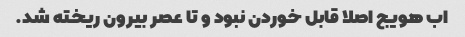
اب هویج اصلا قابل خوردن نبود و تا عصر بیرون ریخته شد.